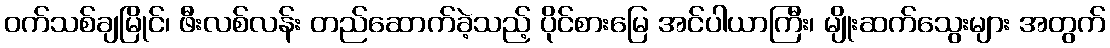
ဝက်သစ်ချမြိုင်၊ ဖီးလစ်လန်း တည်ဆောက်ခဲ့သည့် ပိုင်စားမြေ အင်ပါယာကြီး၊ မျိုးဆက်သွေးများ အတွက်